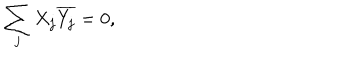
\sum _ { j } X _ { j } \overline { { { Y _ { j } } } } = 0 ,